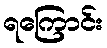
ရကြောင်း